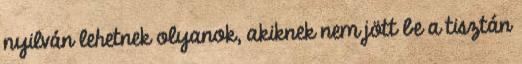
nyilván lehetnek olyanok, akiknek nem jött be a tisztán